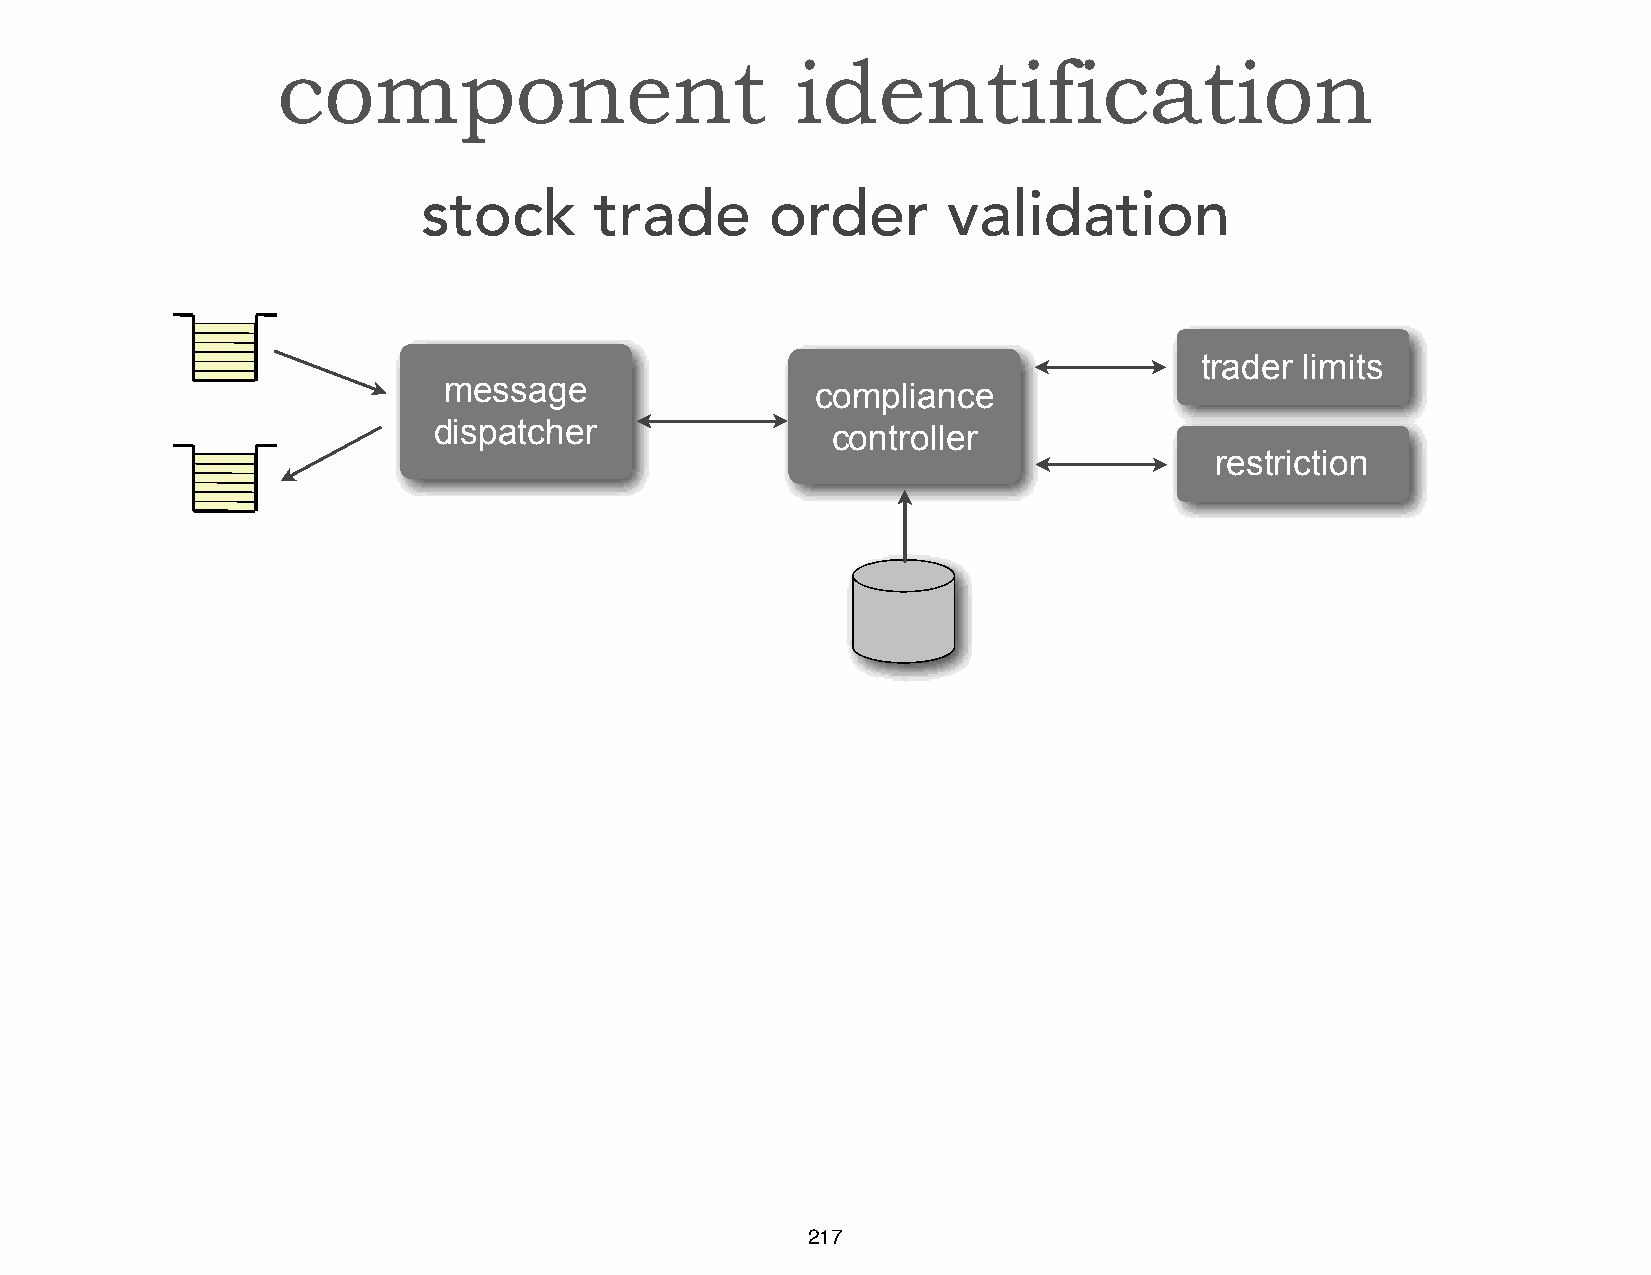
Message     Structure
 component                          identification
 stock      trade       order       validation
 trader limits
 message                  compliance
 dispatcher                controller
 restriction
 217